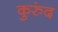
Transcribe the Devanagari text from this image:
कुरुंद